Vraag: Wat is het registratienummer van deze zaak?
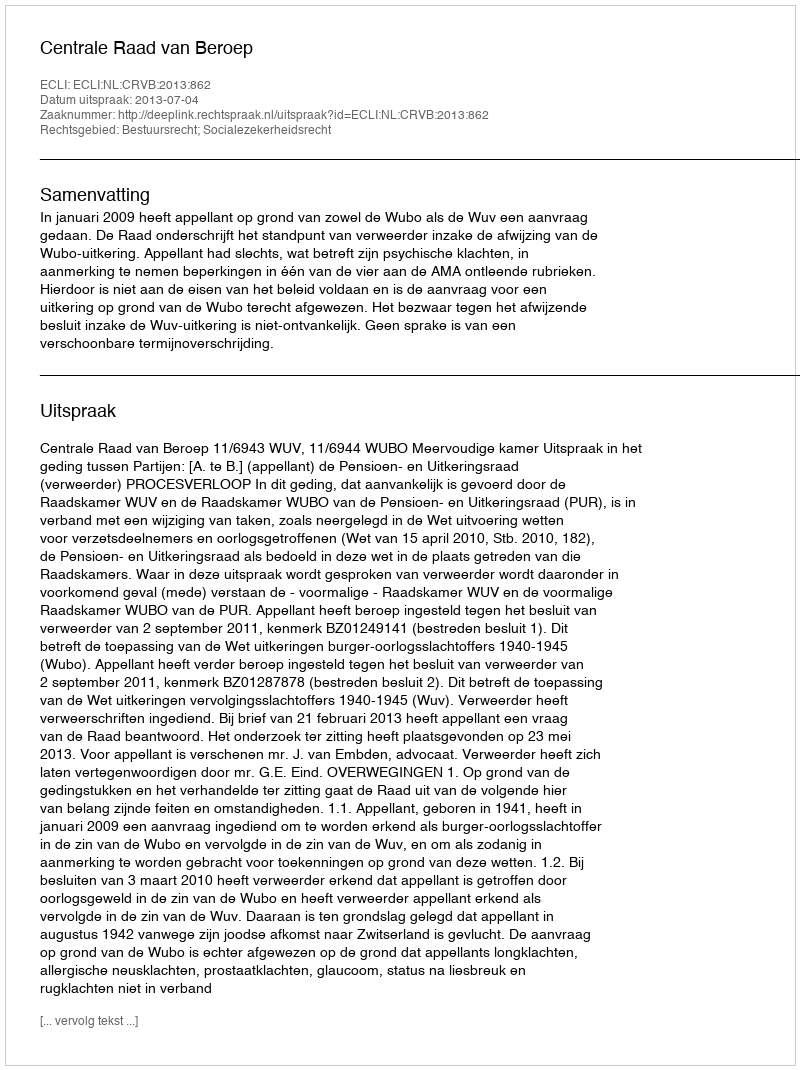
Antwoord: http://deeplink.rechtspraak.nl/uitspraak?id=ECLI:NL:CRVB:2013:862